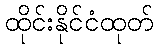
ထိုင်းနိုင်ငံထုတ်